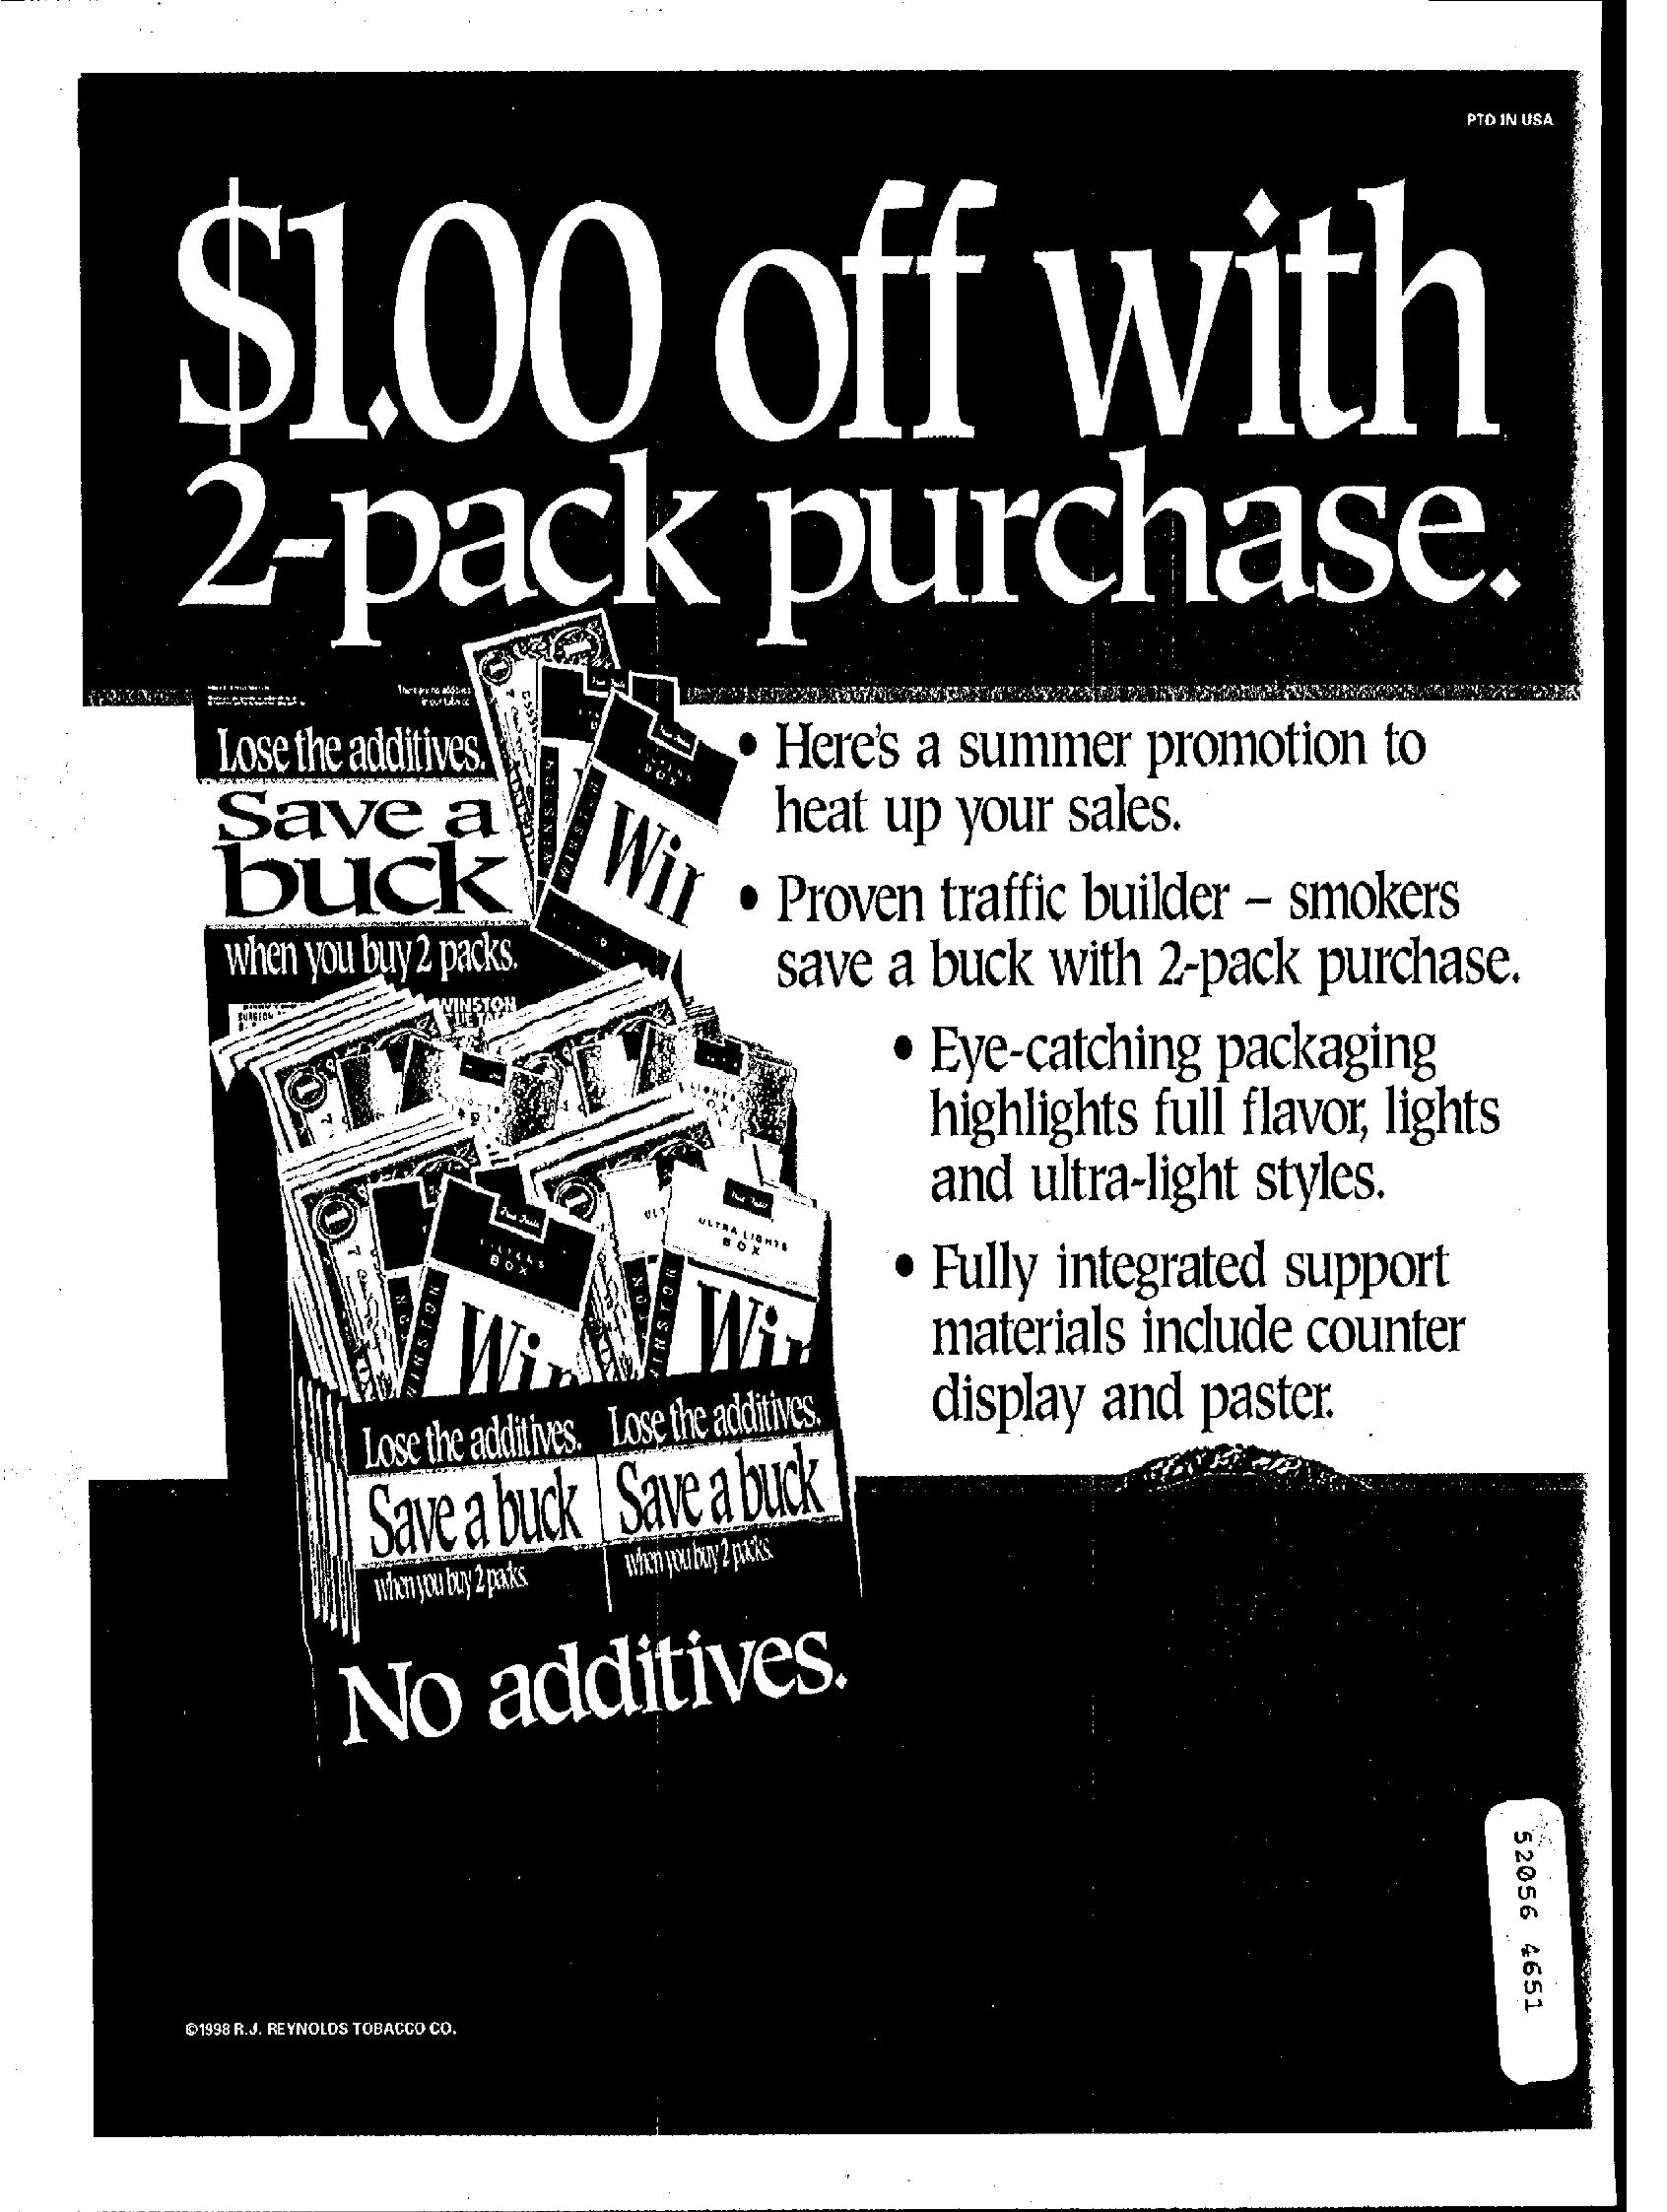
PTO IN LISA
     $1.00    off    with
     2-pack    purchase.
     Lose the additives.    Here's a summer    promotion   to
     Save    a
     buck    Wir
     heat  up your  sales.
     · Proven traffic builder - smokers
     when you buy 2 packs.    save  a buck  with  2-pack  purchase.
     Eye-catching   packaging
     highlights full flavor, lights
     and  ultra-light styles.
     BOX
     · Fully integrated  support
     materials  include counter
     Lose the additives. Lose the additives. display and paster.
     Save a buck | Save a buck
     when you buy 2 paks
     No    additives.
     52056
     4651
     01998 R.J. REYNOLDS TOBACCO CO.